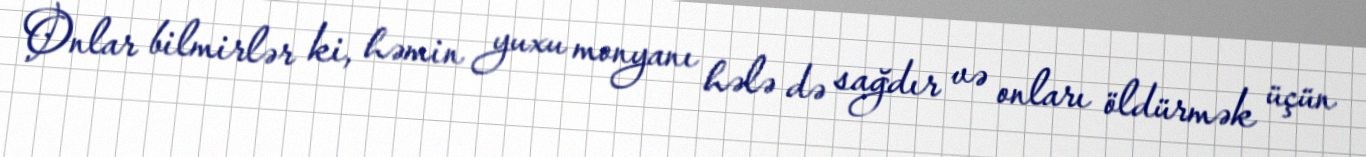
Onlar bilmirlər ki, həmin yuxu monyanı hələ də sağdır və onları öldürmək üçün